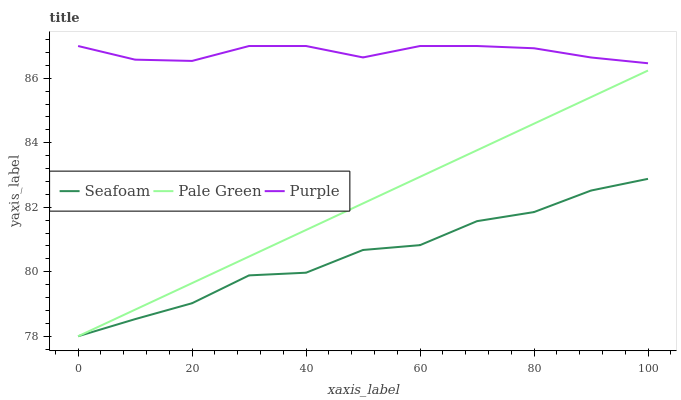
| xaxis_label | Seafoam | Pale Green | Purple |
 | --- | --- | --- | --- |
 | 0 | 78 | 78 | 87 |
 | 10 | 78.5 | 78.8 | 86.6 |
 | 20 | 79 | 79.6 | 86.5 |
 | 30 | 79.9 | 80.5 | 87 |
 | 40 | 80 | 81.3 | 87 |
 | 50 | 80.7 | 82.1 | 86.6 |
 | 60 | 80.8 | 82.9 | 87 |
 | 70 | 81.6 | 83.8 | 87 |
 | 80 | 81.9 | 84.6 | 86.9 |
 | 90 | 82.5 | 85.4 | 86.6 |
 | 100 | 82.9 | 86.2 | 86.5 |